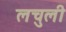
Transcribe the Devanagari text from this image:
लचुली